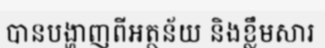
បានបង្ហាញពីអត្ថន័យ និងខ្លឹមសារ